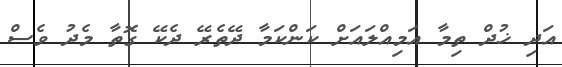
އަދި ޚުދް ތިމާ އަމިއްލައަށް ކަންކަމާ ދޭތެރޭ ދެކޭ ގޮތާ މެދު ވެސް